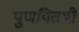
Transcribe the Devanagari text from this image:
पुणयितथी